King Institute of Preventive Medicine Micro-Biological Section reports 1909-11
Year: 1909
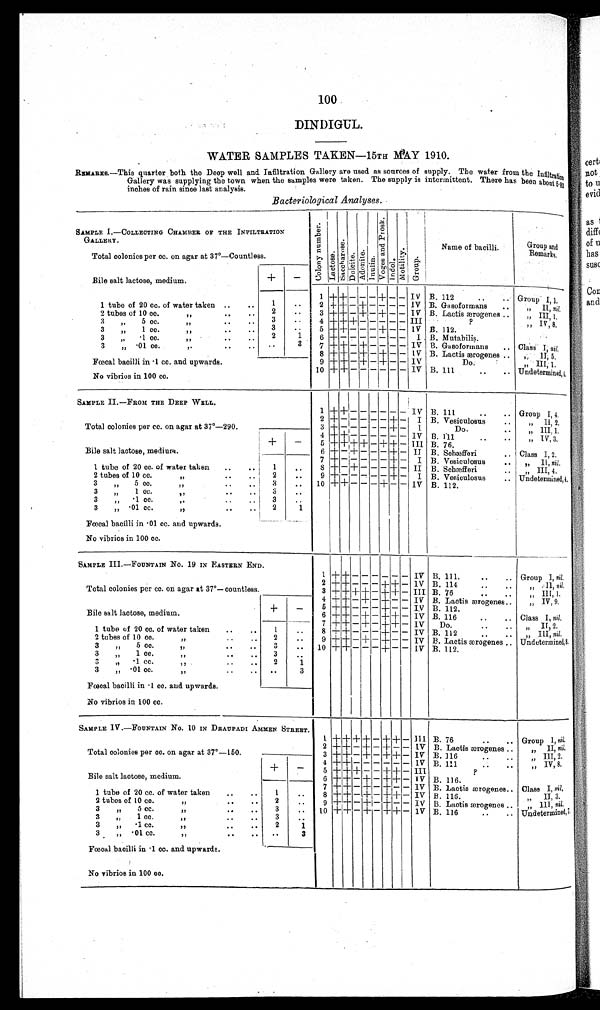
100
DINDIGUL.
WATER SAMPLES TAKEN—15TH MAY 1910.
R
EM
AR
KS.—Th
is quarter both the Deep well and Infiltration Gallery are used as sources of supply. The water from the Infiltratio
n
Gallery was supplying the town when the samples were taken. The supply is intermittent. There has been about 5·82
inches of rain since last analysis.
Bacteriological Analyses.
SAMPLE I.—COLLECTING CHAMBER OF THE INFILTRATION
GALLERY.
C o l o n y n u m b e r . Lact ose.Sacchar os e.Dul ci t e.Adoni t e.Inulin. V o g e s a n d P r o s k . Indol.Mot i l i t y.Group.
Name of bacilli.
Group and
Remarks.
Total colonies per cc. on agar at 37°—Countless.
Bile salt lactose, medium.
+
–
1
+ +
– – –
+
– – IV B. 112
Group.I,1.
1 tube of 20 cc. of water taken
1
2
+
+ – + – – – – IV B. Gasoformans
„ II, nil.
2 tubes of 10 cc. „
2
3
+
+ – + – + – – IV B. Lactis ærogenes
„ III, 1,
3 „ 5 cc. „
3
4
+
+ + – – – – – III
?
„ IV, 8.
3 „ 1 cc. „
3
5
+
+ – – –
+
– – IV B. 112.
3 „ ·1 cc
. „
2
1
6
+
– – – – – – –
I B. Mutabilis.
3 „ ·01 cc. „
3
7
+ +
– + – – – – IV B. Gasoformans
Class I,
nil
8
+ +
– + – + – –
IV
B. Lactis ærogenes
„ II, 5.
Fœcal bacilli in ·1 cc. and upwards.
9
+
+ – + – + – – IV
Do.
„ III, 1.
10
+
+ – – – – – – IV B. 111
Undetermined, 1.
No vibrios in 100 cc.
SAMPLE II.—FROM THE DEEP WELL.
1 + + – – – – – – IV B. 111
Group I, 4.
2
+ – – – – –
+
–
I B. Vesiculosus
„ II, 2.
Total colonies per cc. on agar at 37°—290.
3
+
– – – – –
+
–
I
Do.
„ III, 1.
+
–
4
+ +
– – – – – – IV B. 111
„ IV, 3.
5
+ + +
+ – +
+
– III B. 76.
Bile salt lactose, medium.
6
+
–
+
– – – + – II B. Schæfferi
Class I, 2.
7
+
– – – – – + –
I B. Vesiculosus
„ II, nil.
1 tube of 20 cc. of water taken
1
8
+
–
+
– – –
+
– II B. Schæfferi
„ III, 4.
2 tubes of 10 cc. „
2
9
+
– – – – –
+
–
I B. Vesiculosus
Undetermined, 4.
3 „ 5 cc. „
3
10
+ +
– – –
+
– – IV B. 112.
3 „ 1 cc. „
3
3 „ ·1 cc. „
3
3 ·01 cc. „
2
1
Fœcal bacili in ··01 cc. and upwards.
No vibrios in 100 cc.
SAMPLE III.—FOUNTAIN No. 19 IN EASTERN END.
1 + + – – – – – –
IV B. 111.
Group I, nil.
2
+
+ – – –
+ + –
IV B. 114
„ II, nil.
Total colonies per cc. on agar at 37°— countless.
3
+ + + +
–
+ + –
III B. 76
„ III, 1
4
+
+ – + –
+
– –
IV B. Lactis ærogenes
„ IV, 9.
+
–
5
+ +
– – –
+
– –
IV B. 112.
Bile salt lactose, medium.
6
+ +
–
+
–
+ +
–
IV B. 116
Class I, nil.
7
+ +
–
+
–
+ +
–
IV
Do.
„ II 2.
1 tube of 20 cc. of water taken
1
8
+
+ – – –
+
– –
IV B. 112
„ III, nil.
2 tubes of 10 cc. „
2
9
+
+ –
+
–
+
– –
IV B. Lactis ærogenes
Unde t e r mi n e d , 8 .
3 „ 5 cc. „
3
10
+
+ – – –
+
– –
IV B. 112.
3 „ 1 cc. „
3
3 „·1 cc. „
2
1
3 „ ·01 cc. „
3
Fœcal bacilli in ·1 cc. and upwards.
No vibrios in 100 cc.
SAMPLE IV.—FOUNTAIN No. 10 IN DRAUPADI AMMEN STREET.
1
+ + + +
–
+
+
–
III B. 76
Group I, nil.
2 + + –
+
–
+
– –
IV B. Lactis ærogenes
„ II, nil.
Total colonies per cc. on agar at 37°—150.
3
+ + –
+
–
+
+
–
IV B. 116
„ III, 2.
4
+ +
– – – – – –
IV B. 111
„ IV, 8.
+
–
5
+ +
+
– –
+
+
–
III
?
Bile salt lactose, medium.
6
+
+ –
+
–
+
+
– IV B. 116.
7
+
+ –
+
–
+
– –
IV B. Lactis ærogenes
Class I, nil.
1 tube of 20 cc. of water taken
1
8
+
+ –
+
–
+
+ –
IV B. 116.
„ II, 3.
2 tubes of 10 cc. „
2
9
+
+ –
+
–
+
– –
IV B. Lactis ærogenes
„ III, nil.
3 „ 5 cc. „
3
10
+ +
–
+
–
+
+
– IV B. 116
Undetermined, 1
3 „ 1 cc. „
3
3 „ ·1cc. „
2
1
3 „ ·01 cc. „
3
Fœcal bacilli in ·1 cc. and upwards.
No vibrios in 100 cc.